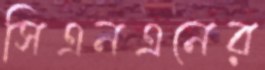
সিএনএনের